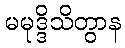
မမုဒ္ဒိသိတွာန